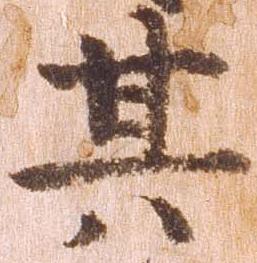
其